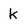
Character: k